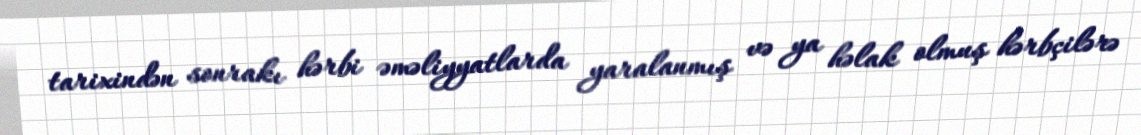
tarixindən sonrakı hərbi əməliyyatlarda yaralanmış və ya həlak olmuş hərbçilərə